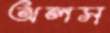
অলস